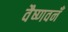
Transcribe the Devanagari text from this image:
वैष्णवनँ